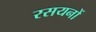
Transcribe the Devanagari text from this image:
रसयनों